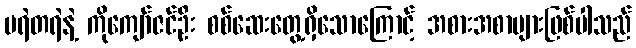
မရဲတရဲနဲ့ ကိုကျော်ဇင်ဦး စစ်ဆေးတွေ့ရှိသောကြောင့် အစားအစာများဖြစ်ပါသည်